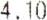
4.10